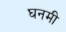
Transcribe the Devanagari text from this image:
घनमी